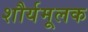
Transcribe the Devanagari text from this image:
शौर्यमूलक